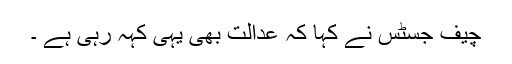
چیف جسٹس نے کہا کہ عدالت بھی یہی کہہ رہی ہے ۔